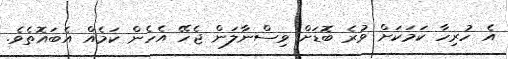
އެ ހުރިހާ ކަމަކަށް ވުރެ ބޮޑަށް ވިސްނާލަން ޖެހޭ އެހެން ކަމެއް އެބައޮތެވެ.